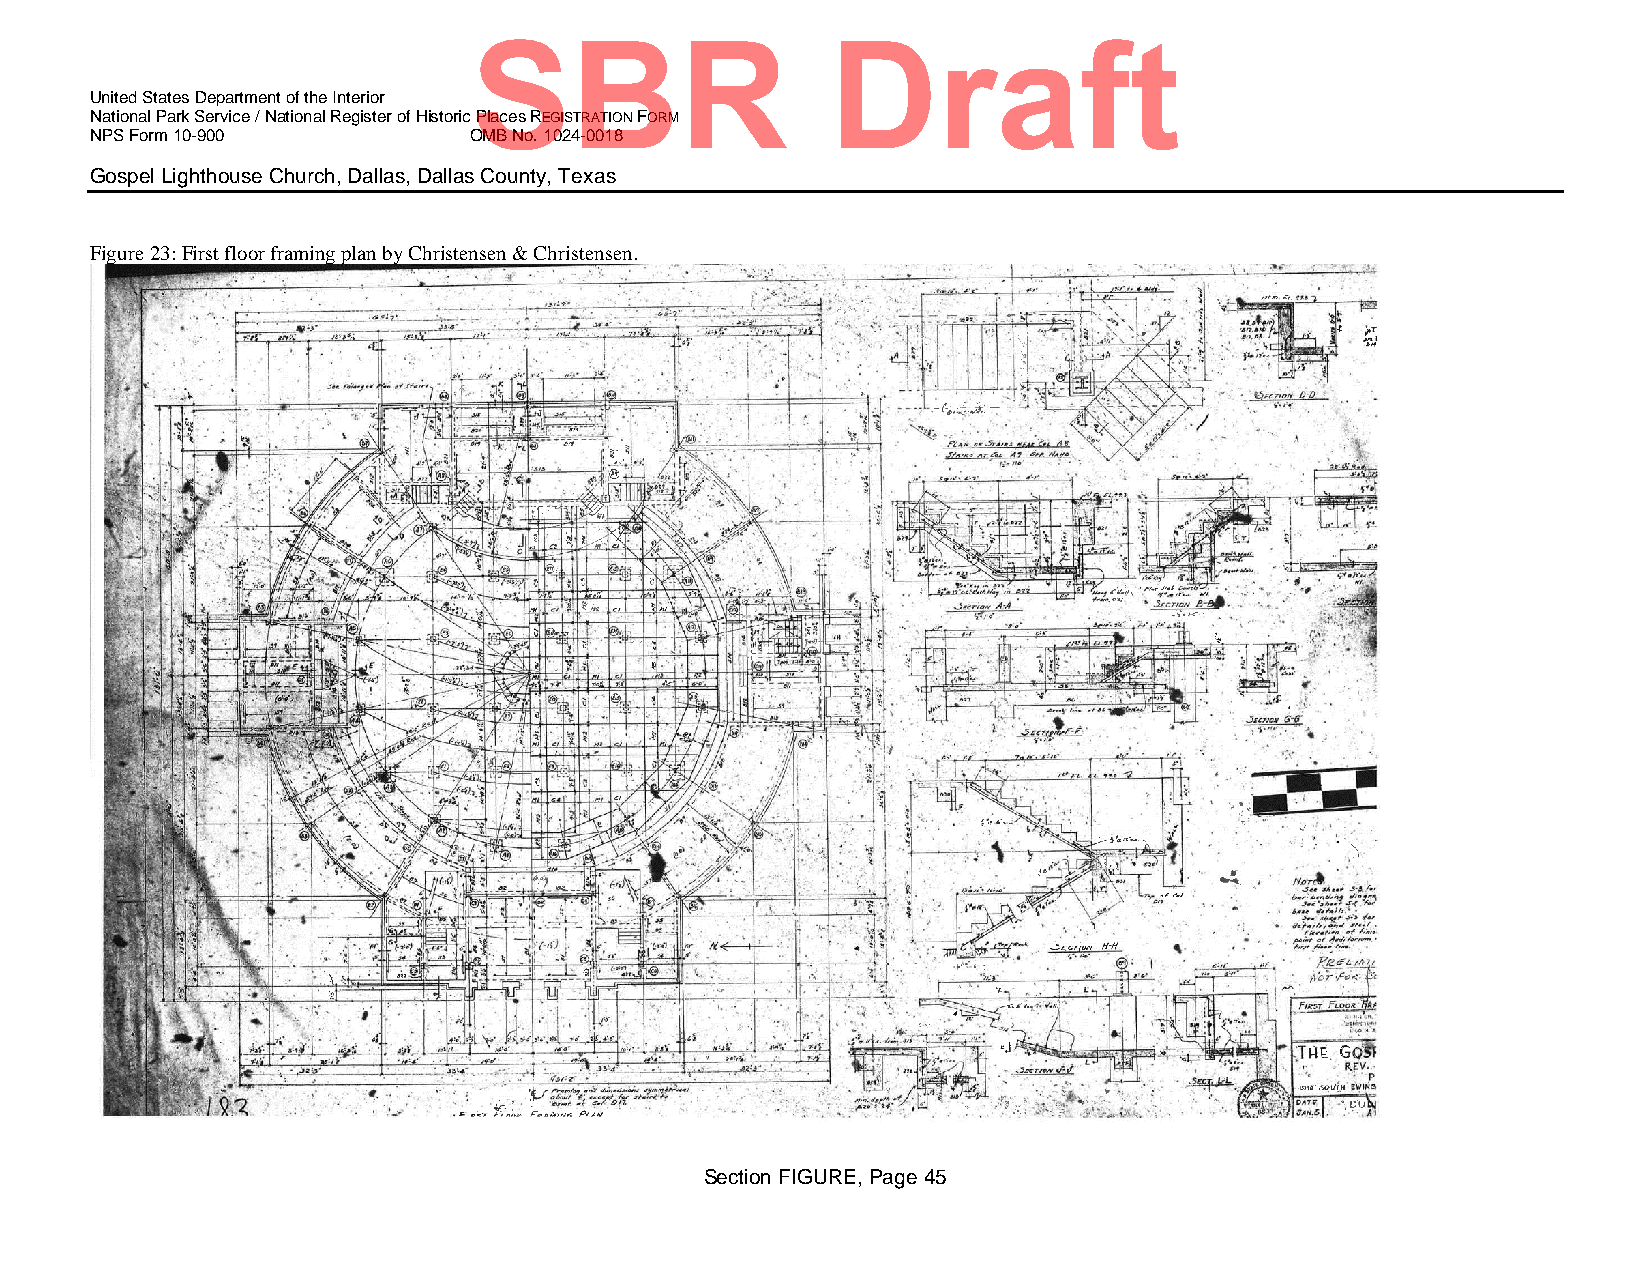
SBR                     Draft
 United States Department of the Interior
 National Park Service / National Register of Historic Places REGISTRATION FORM
 NPS Form 10-900          OMB No. 1024-0018
 Gospel Lighthouse Church, Dallas, Dallas County, Texas
 Figure 23: First floor framing plan by Christensen & Christensen.
 Section FIGURE, Page 45